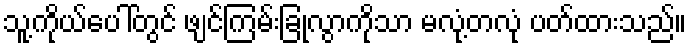
သူ့ကိုယ်ပေါ်တွင် ဖျင်ကြမ်းခြုံလွာကိုသာ မလုံ့တလုံ ပတ်ထားသည်။